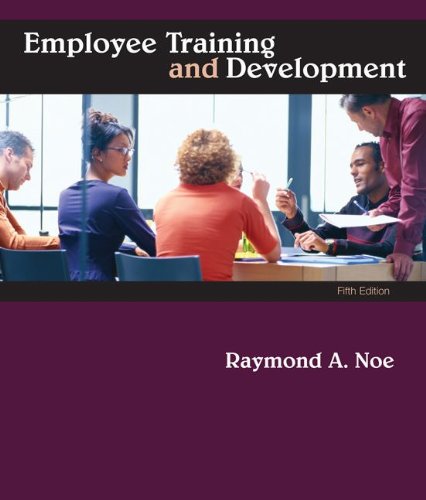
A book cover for Employee Training & Development; Raymond Noe; Business & Money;